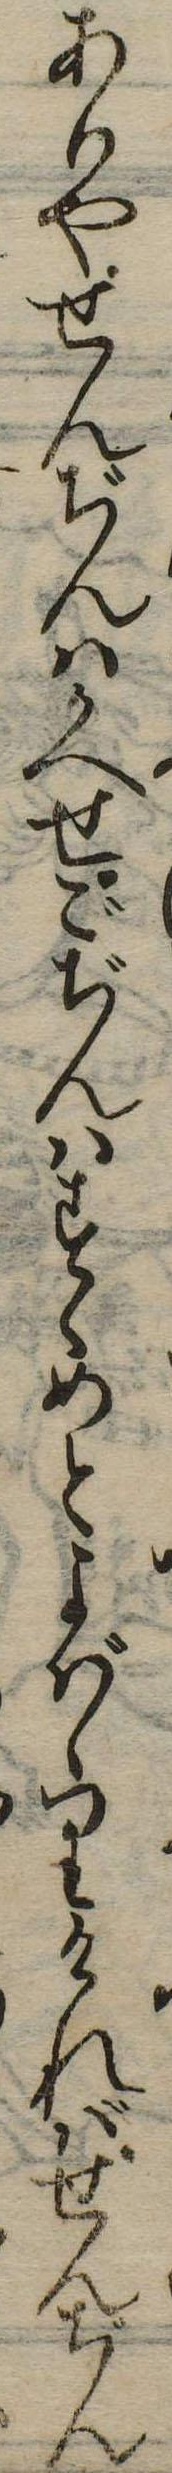
ありやせんぢんはかへせごぢんはすゝめとよばゝりければせんぢん